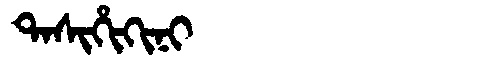
Manchu: ᡨᠠᠰᡳᡥᡳᡴᡳᠨᡳ
Romanization: TASIHIKINI